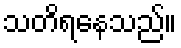
သတိရနေသည်။